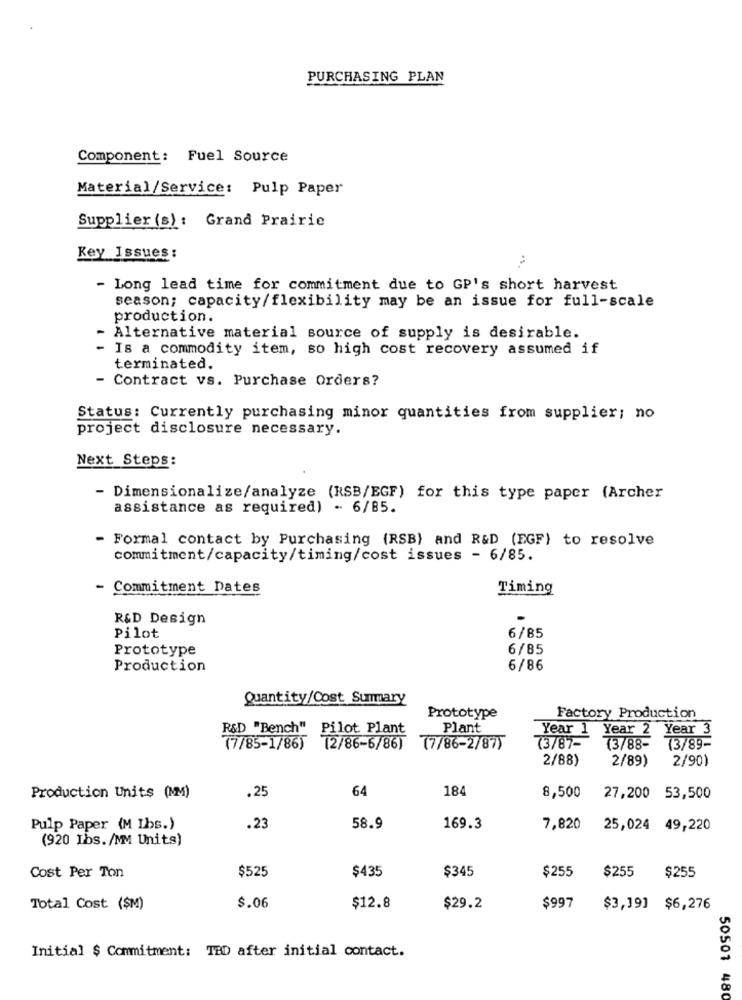
PURCHASING PLAN
Component: Fuel Source
Material/Service: Pulp Paper
Supplier (s) : Grand Prairie
Key Issues :
- Long lead time for commitment due to GP's short harvest
season; capacity/flexibility may be an issue for full-scale
production.
- Alternative material source of supply is desirable.
- Is a commodity item, so high cost recovery assumed if
terminated.
- Contract vs. Purchase Orders?
Status: Currently purchasing minor quantities from supplier; no
project disclosure necessary.
Next Steps:
- Dimensionalize/analyze (RSB/EGF) for this type paper (Archer
assistance as required) - 6/85.
Formal contact by Purchasing (RSB) and R&D (EGF) to resolve
commitment/capacity/timing/cost issues - 6/85.
- Commitment Dates
Timing
R&D Design
Pilot
6/85
Prototype
6/85
Production
6/86
Quantity/Cost Summary
Prototype
Factory Production
R&D "Bench" Pilot Plant
Plant
Year 1 Year 2 Year 3
(7/85-1/86) (2/86-6/86)
(7/86-2/87)
73/87-
(3/88-
(3/89-
2/88)
2/89)
2/90)
64
184
Production Units (MM)
,25
8,500
27,200 53,500
Pulp Paper (M Ibs.)
.23
58.9
169.3
7,820
25,024 49,220
(920 Ibs./MM Units)
$525
$435
$345
$255
$255
Cost Per Ton
$255
Total Cost ($M)
$.06
$12.8
$29.2
$997
$3,19] $6,276
Initial $ Commitment: TED after initial contact.
50501 480